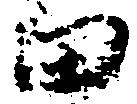
田